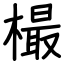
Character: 樶